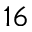
^ { 1 6 }